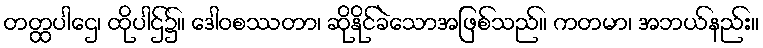
တတ္ထပါဌေ၊ ထိုပါဌ်၌။ ဒေါဝစဿတာ၊ ဆိုနိုင်ခဲသောအဖြစ်သည်။ ကတမာ၊ အဘယ်နည်း။